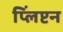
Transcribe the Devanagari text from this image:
प्लिंप्टन